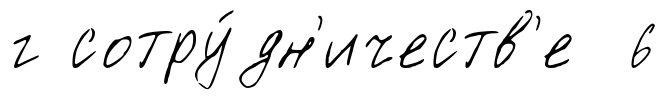
г сотру́дн'ичеств'е 6